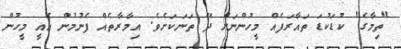
"ތިމާގެ" ކުޑަކުޑަ ތައާރަފެއް މީހުންނަށް ދޭ ތަނަކަށެވެ. އިމާރާތެއް ފެނުމުން އެއީ މީހުން